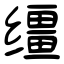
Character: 缰